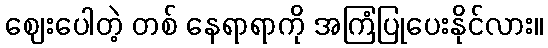
ဈေးပေါတဲ့ တစ် နေရာရာကို အကြံပြုပေးနိုင်လား။